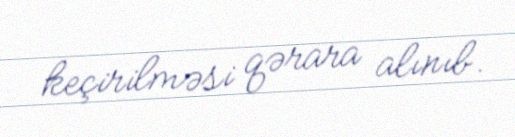
keçirilməsi qərara alınıb.